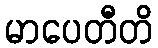
မာပေတီတိ